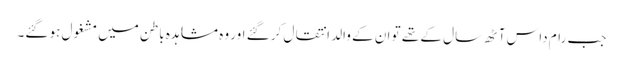
جب رام داس آٹھ سال کے تھے تو ان کے والد انتقال کر گئے اور وہ مشاہدہ باطن میں مشغول ہو گئے۔